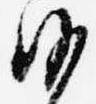
沙